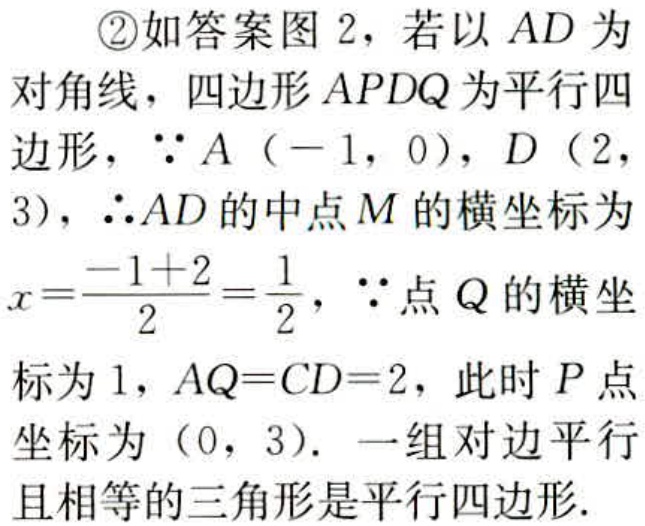
\textcircled{2}如答案图 2，若以 \(AD\) 为对角线，四边形 \(APDQ\) 为平行四边形，\(\because A(-1,0)\)，\(D(2,3)\)，\(\therefore AD\) 的中点 \(M\) 的横坐标为 \(x = \frac{-1 + 2}{2}=\frac{1}{2}\)，\(\because\) 点 \(Q\) 的横坐标为 \(1\)，\(AQ = CD = 2\)，此时 \(P\) 点坐标为 \((0,3)\). 一组对边平行且相等的三角形是平行四边形.